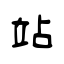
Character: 站